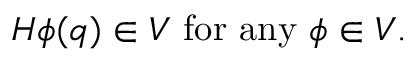
H \phi ( q ) \in { \cal V } \mathrm { ~ f o r ~ a n y ~ } \phi \in { \cal V } .